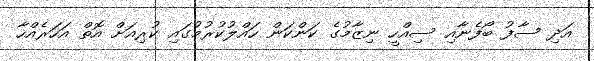
އަދި ސާފު ބޯފެނާއި ސިއްހީ ނިޒާމުގެ ކަންކަން ހައްލުކުރުމުގައި ކުރިއަށް އޮތް އަހަރެއްހާ